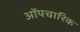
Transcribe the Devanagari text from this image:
ऑपचारिक